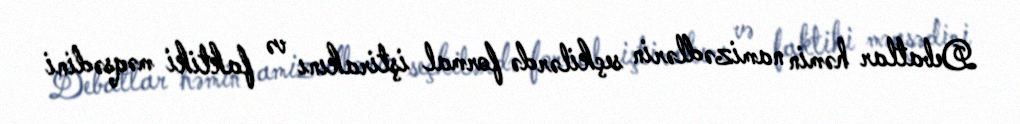
Debatlar həmin namizədlərin seçkilərdə formal iştirakını və faktiki məqsədini